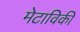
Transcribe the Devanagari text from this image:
मेटाविकी